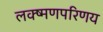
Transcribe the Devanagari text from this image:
लक्ष्मणपरिणय